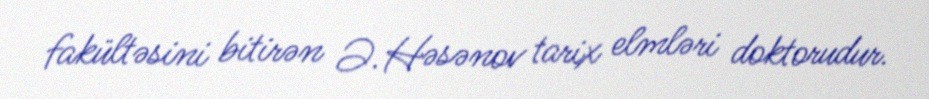
fakültəsini bitirən Ə.Həsənov tarix elmləri doktorudur.